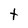
Character: t